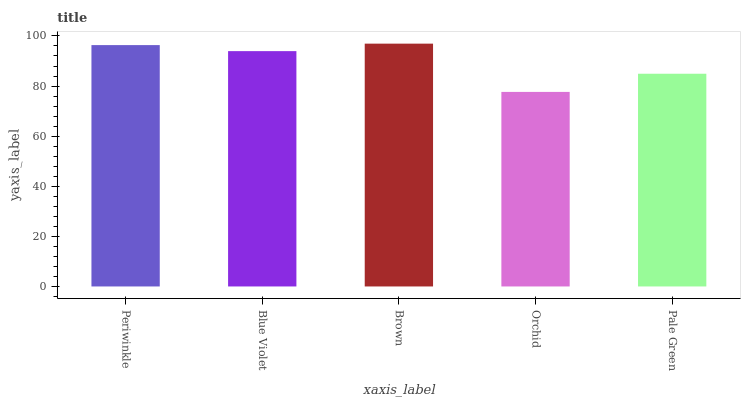
| xaxis_label | bars |
 | --- | --- |
 | Periwinkle | 96.4 |
 | Blue Violet | 93.9 |
 | Brown | 96.9 |
 | Orchid | 77.7 |
 | Pale Green | 84.9 |